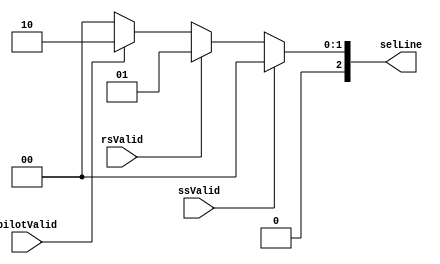
// -------------------------------------------------------------
// 
// 
// Generated by MATLAB 9.13 and HDL Coder 4.0
// 
// -------------------------------------------------------------


// -------------------------------------------------------------
// 
// Module: whdlOFDMTx_Priority_Encoder
// Source Path: whdlOFDMTx/Multiplexer/Multiplex Preamble Signals/Priority Encoder
// Hierarchy Level: 5
// 
// -------------------------------------------------------------

`timescale 1 ns / 1 ns

module whdlOFDMTx_Priority_Encoder
          (ssValid,
           rsValid,
           pilotValid,
           selLine);


  input   ssValid;
  input   rsValid;
  input   pilotValid;
  output  [2:0] selLine;  // ufix3


  reg [2:0] selLine_1;  // ufix3


  always @(pilotValid, rsValid, ssValid) begin
    if (ssValid) begin
      selLine_1 = 3'b000;
    end
    else if (rsValid) begin
      selLine_1 = 3'b001;
    end
    else if (pilotValid) begin
      selLine_1 = 3'b010;
    end
    else begin
      selLine_1 = 3'b000;
    end
  end



  assign selLine = selLine_1;

endmodule  // whdlOFDMTx_Priority_Encoder